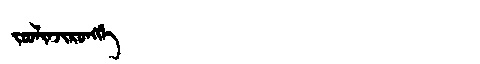
Manchu: ᠵᠣᠣᠯᡳᠨᠵᡳᡵᠣᠩᡤᡝ
Romanization: JOOLINJIRONGGE